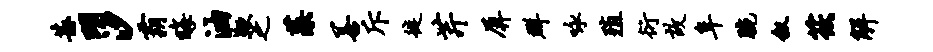
甚明汐霸晦油鞭之藻善斥徙芹屏群咏殖衍故阜腕叙筱解